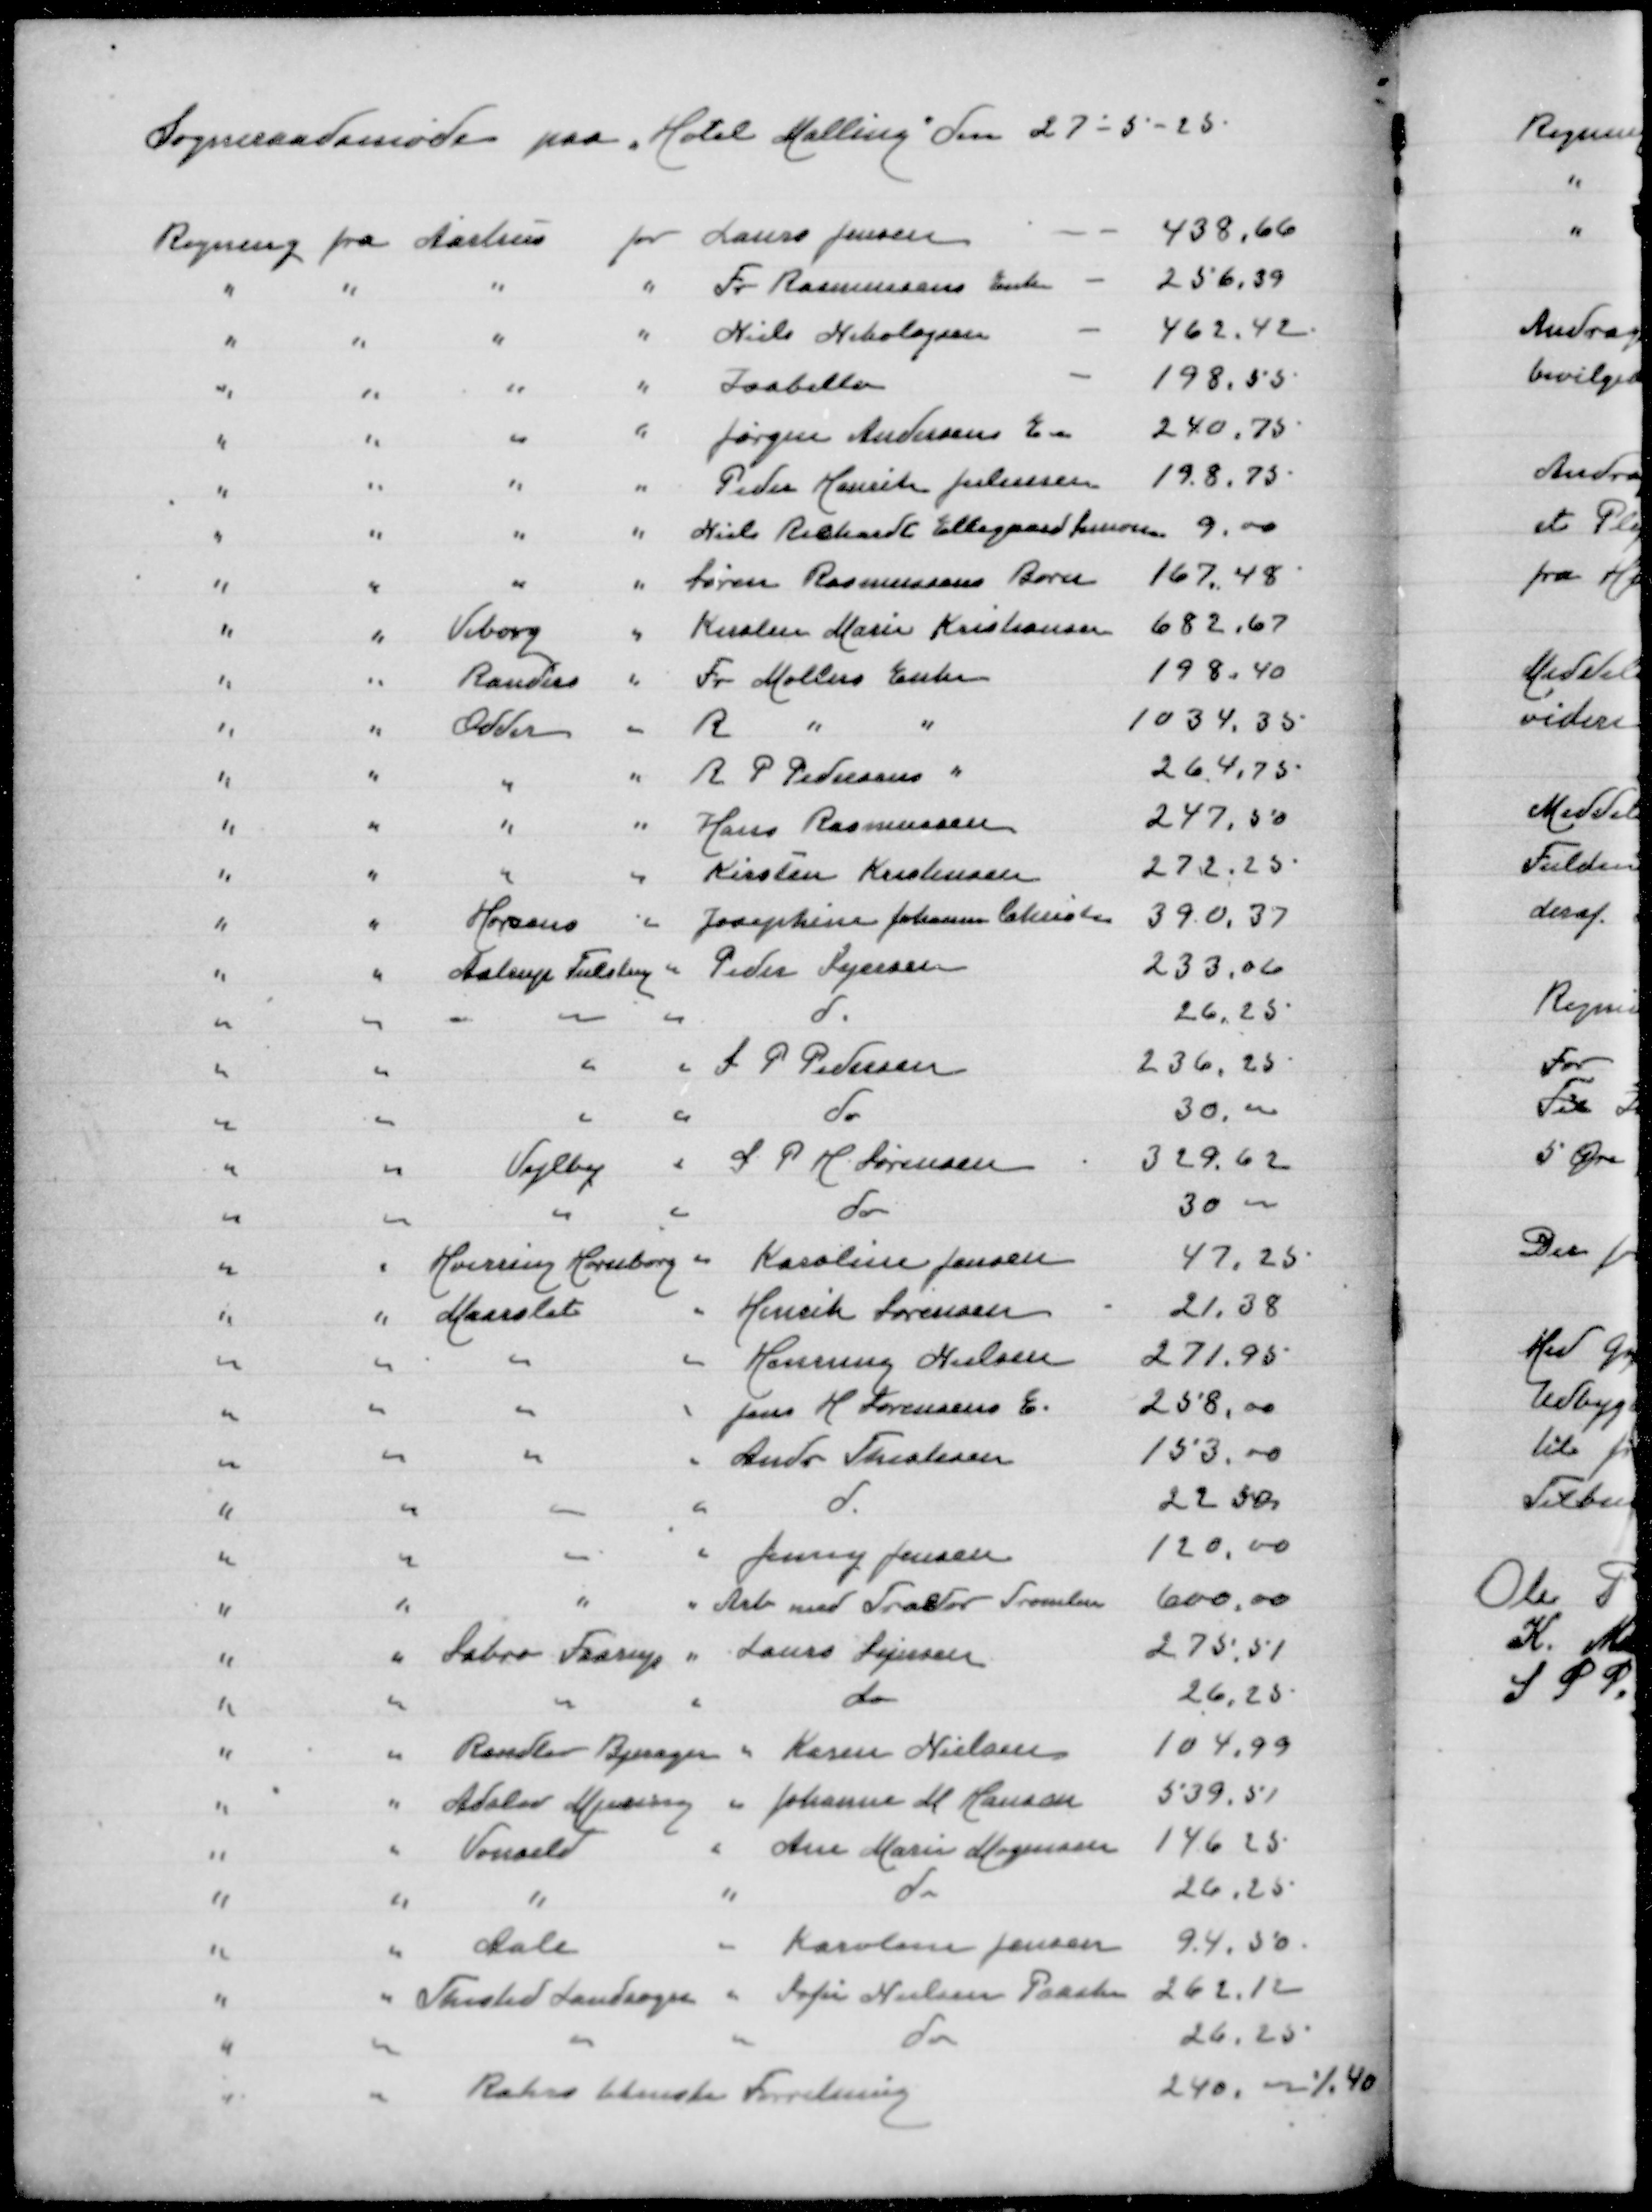
Transskription:
Sogneraadsmøde paa "Hotel Malling" den 27-5-25

Regning fra Aarhus for Laurs Jensen
438,66
" " " " Fr Rasmussens Enke
256,39
" " " " Niels Nikolajsen
462,42
" " " " Isabella
198,55
" " " " Jørgens Andersens En
240,75
" " " " Peder Henrik Juliusen
198,75
" " " " Niels Richardt Ellegaard Simonsen
9,00
" " " " Søren Rasmussens Barn
167,48
" " Viborg " Kirsten Marie Kristiansen
682,67
" " Randers " Fr Møllers Enke
198,40
" " Odder " R " "
1034.35
" " " " R P Pedersens "
264,75
" " " " Hans Rasmussen
247,50
" " " " Kirsten Kristensen
272,25
" " Horsens " Josephine Johanne Christen
390,37
" " Astrup Tulstrup " Peder Sejersen
233,06
" " " " " d
26,25
" " " " S P Pedersen
236,25
" " " " do
30,00
" " Vejlby " S P H Sørensen
329,62
" " " " do
30,00
" " Hvirring Hornborg " Karoline Jensen
47,25
" " Maarslet " Henrik Sørensen
21,38
" " " " Henning Nielsen
271,95
" " " " Jens H Sørensens E
258,00
" " " " Andr Thulesen
153,00
" " " " d
22,50
" " " " Jenny Jensen
120,00
" " " " Arb md Troels Svendsen
600,00
" " Sabro Faarup " Laurs Sejersen
275,51
" " " " do
26,25
" " Randlev Bjerager " Karen Nielsen
104,99
" " Adslev Mjesing " Johanne M Hansen
539,51
" " Vonsild " Ane Marie Mogensen
146,25
" " " " do
26,25
" " Aale " Karoline Jennsen
94,50
" " Thisted Landsogn " Sofie Nielsen Paaske
262,12
" " " " do
26,25
" " Rahrs tekniske Forretning
240,00 ./. 40